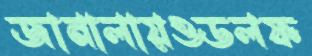
জানালায়ওডলফ